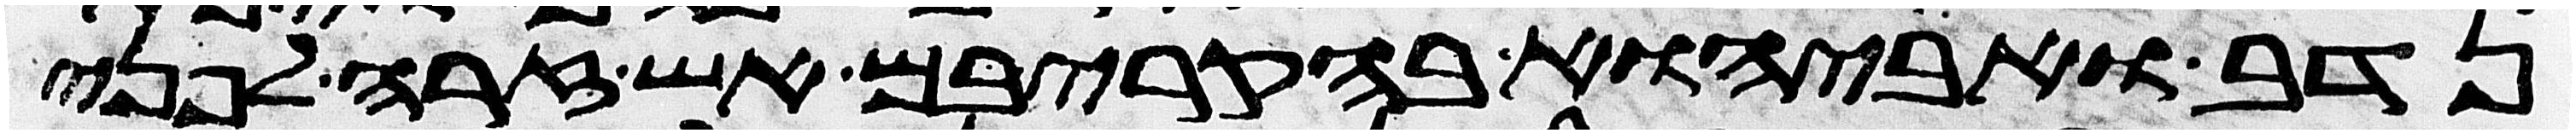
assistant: נדב ואביהוא בהקריבם אש זרה לפני